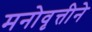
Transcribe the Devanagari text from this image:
मनोवृत्तीने